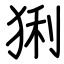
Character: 猁